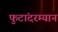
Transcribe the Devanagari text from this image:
फुटांदरम्यान